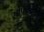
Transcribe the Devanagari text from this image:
भोपळ्यांना